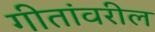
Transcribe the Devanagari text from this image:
गीतांवरील